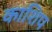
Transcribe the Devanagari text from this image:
काशिप